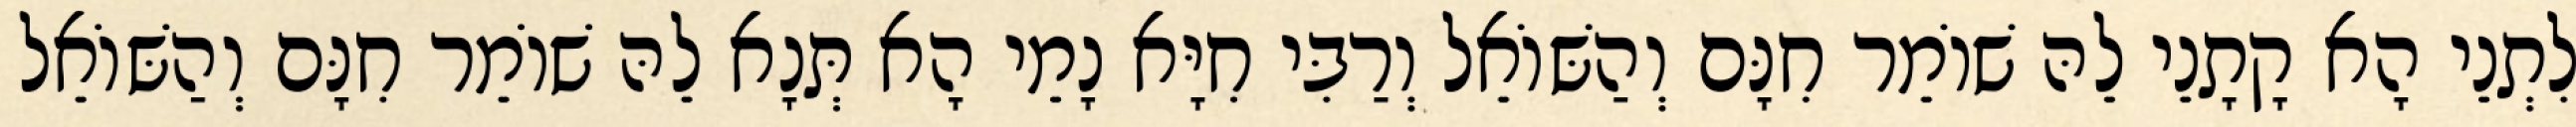
לִתְנֵי הָא קָתָנֵי לֵהּ שׁוֹמֵר חִנָּם וְהַשּׁוֹאֵל וְרַבִּי חִיָּא נָמֵי הָא תְּנָא לֵהּ שׁוֹמֵר חִנָּם וְהַשּׁוֹאֵל